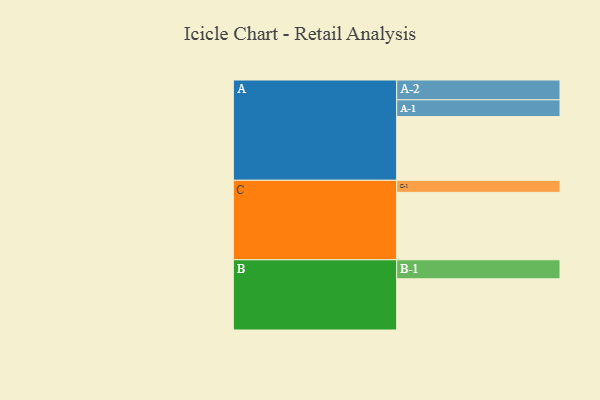
{"axis": {"x": "Segment", "y": "Value"}, "legend": ["", "A", "B", "C"], "data": [{"x": "A", "y": 492, "type": ""}, {"x": "B", "y": 395, "type": ""}, {"x": "C", "y": 520, "type": ""}, {"x": "A-1", "y": 129, "type": "A"}, {"x": "A-2", "y": 153, "type": "A"}, {"x": "B-1", "y": 147, "type": "B"}, {"x": "C-1", "y": 93, "type": "C"}]}